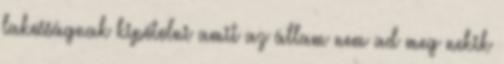
lakosságnak kipótolni amit az állam nem ad meg nekik